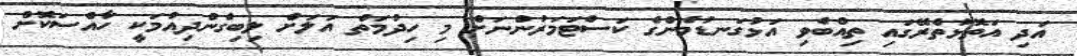
އަދި އަތޮޅުތެރޭގައި ތިއްބެވި އަޅުގަނޑުމެންގެ ކަސްޓަމަރުންނަށް މި ހިދުމަތް އަލަށް ލިބިގެންދިއުމަކީ ހާއްސަކޮށް